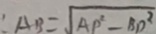
: A B = \sqrt { A P ^ { 2 } - B D ^ { 2 } }